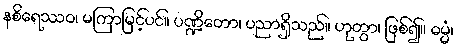
နစိရေဿဝ၊ မကြာမြင့်ပင်။ ပဏ္ဍိတော၊ ပညာရှိသည်။ ဟုတွာ၊ ဖြစ်၍။ ဓမ္မံ၊